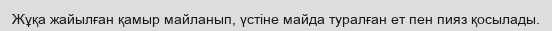
Жұқа жайылған қамыр майланып, үстіне майда туралған ет пен пияз қосылады.